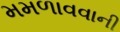
મમળાવવાની